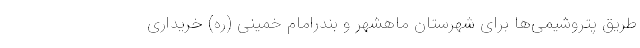
طریق پتروشیمی‌ها برای شهرستان ماهشهر و بندرامام خمینی (ره) خریداری